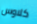
كلاوس